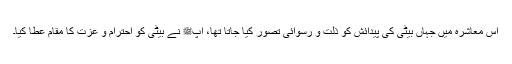
اس معاشرہ میں جہاں بیٹی کی پیدائش کو ذلت و رسوائی تصور کیا جاتا تھا، آپﷺ نے بیٹی کو احترام و عزت کا مقام عطا کیا۔